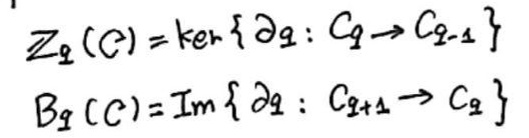
\[
\begin{align*}
Z_q(C)&=\ker\{\partial_q:C_q\rightarrow C_{q - 1}\}\\
B_q(C)&=\text{Im}\{\partial_q:C_{q+1}\rightarrow C_q\}
\end{align*}
\]